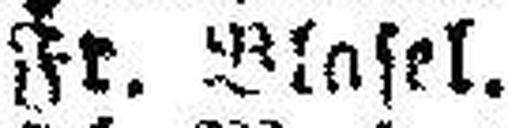
Fr. Blasel.